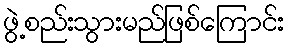
ဖွဲ့စည်းသွားမည်ဖြစ်ကြောင်း